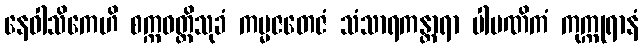
နေဝါသိကေဟိ စက္ကဝတ္တိသုခံ ကမ္မဇတေဇံ သံသာရကန္တာရာ ပါပဏိကံ ကုက္ကုရာနံ